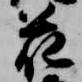
花